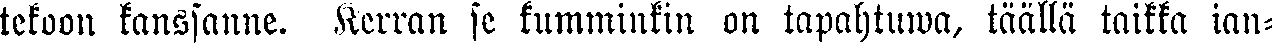
tekoon kanssanne. Kerran se kumminkin tapahtuwa, täällä taikka ian-